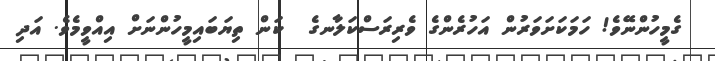
ގެމީހުންނޭވެ! ހަމަކަށަވަރުން އަހުރެންގެ ވެރިރަސްކަލާނގެ  ކަން ތިޔަބައިމީހުންނަށް އިއްވީމެވެ. އަދި